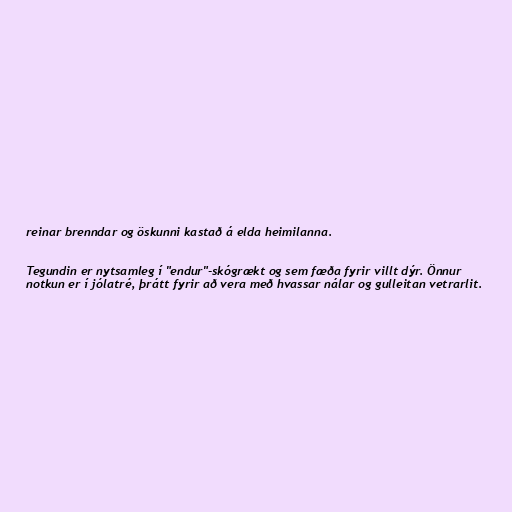
reinar brenndar og öskunni kastað á elda heimilanna.

Tegundin er nytsamleg í "endur"-skógrækt og sem fæða fyrir villt dýr. Önnur
notkun er í jólatré, þrátt fyrir að vera með hvassar nálar og gulleitan vetrarlit.